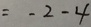
= - 2 - 4